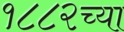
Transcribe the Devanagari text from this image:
१८८२च्या